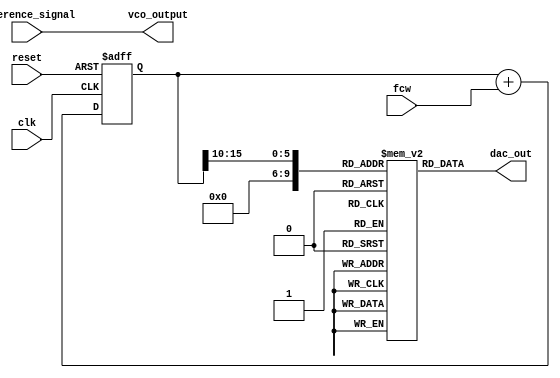
module dds_with_pll #(
    parameter N = 16, // Number of bits for phase accumulator
    parameter M = 10,  // Number of bits for LUT address
    parameter LUT_SIZE = 1 << M // Size of the sine LUT
)(
    input wire clk,
    input wire reset,
    input wire [N-1:0] fcw, // Frequency control word
    output wire [15:0] dac_out, // DAC output (adjust width as needed)
    input wire reference_signal, // Reference signal for PLL
    output wire vco_output // Output of the VCO
);

    // Phase Accumulator
    reg [N-1:0] phase_accum = 0;

    always @(posedge clk or posedge reset) begin
        if (reset) begin
            phase_accum <= 0;
        end else begin
            phase_accum <= phase_accum + fcw;
        end
    end

    // Sine Wave Lookup Table
    reg [15:0] sine_lut [0:LUT_SIZE-1]; // 16-bit data, adjust as needed
    initial begin
        // Populate the LUT with sine values
        // This should be filled with actual sine wave values
        // Example: sine_lut[0] = 16'h0000; sine_lut[1] = 16'h0C84; ...
    end

    wire [M-1:0] lut_address = phase_accum[N-1:M]; // Use upper bits as LUT address
    wire [15:0] sine_wave = sine_lut[lut_address];

    // Digital-to-Analog Converter (DAC)
    assign dac_out = sine_wave; // For simplicity, directly outputting the sine value

    // Phase-Locked Loop (PLL)
    reg error_signal;
    wire vco_output;

    // Simple PLL structure (for demonstration, not a complete implementation)
    always @(posedge clk or posedge reset) begin
        if (reset) begin
            error_signal <= 0;
        end else begin
            // Phase detector: Compare the output with the reference signal
            error_signal <= (dac_out > reference_signal) ? 1 : 0; // Basic phase comparison
            // Low-pass filter and VCO control logic would go here
            // Adjust VCO frequency according to error_signal
        end
    end

    // Voltage-Controlled Oscillator (VCO)
    assign vco_output = reference_signal; // Placeholder for actual VCO logic

endmodule